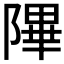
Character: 𬯕